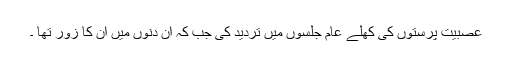
عصبیت پرستوں کی کھلے عام جلسوں میں تردید کی جب کہ ان دنوں میں ان کا زور تھا ۔